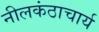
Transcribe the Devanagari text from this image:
नीलकंठाचार्य